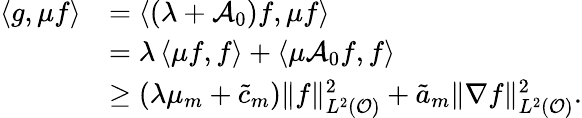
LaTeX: \begin{array}{rl}{\left<g,\mu f\right>}&{=\left<(\lambda+\mathcal{A}_{0})f,\mu f\right>}\\ &{=\lambda\left<\mu f,f\right>+\left<\mu\mathcal{A}_{0}f,f\right>}\\ &{\geq(\lambda\mu_{m}+\tilde{c}_{m})\| f\| _{L^{2}(\mathcal{O})}^{2}+\tilde{a}_{m}\| \nabla f\| _{L^{2}(\mathcal{O})}^{2}.}\end{array}